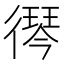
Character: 𮱾